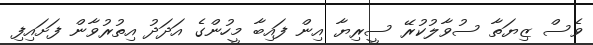
ވެސް ޒިޔަތާ ސުވާލުކުރޭ ސީރިޔާ އިން ފައިބާ މީހުންގެ އަދަދު އިތުރުވާން ފަށައިފި